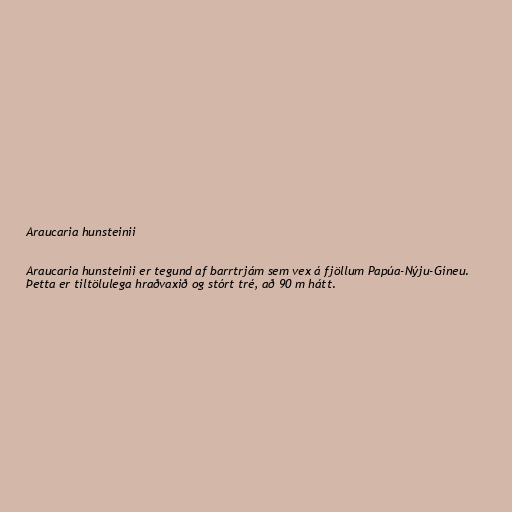
Araucaria hunsteinii

Araucaria hunsteinii er tegund af barrtrjám sem vex á fjöllum Papúa-Nýju-Gíneu.
Þetta er tiltölulega hraðvaxið og stórt tré, að 90 m hátt.